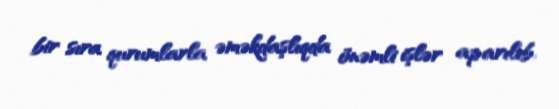
bir sıra qurumlarla əməkdaşlıqda önəmli işlər aparılıb.